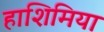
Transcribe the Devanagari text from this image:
हाशिमिया